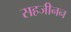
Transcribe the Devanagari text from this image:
सहजीनन